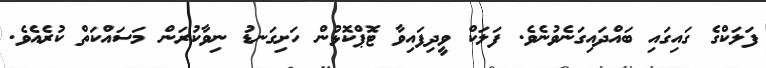
ފަލަކްގެ ގައިގައި ބައްދައިގަނެވުނެވެ. ފަލަކް ވީދިފައިވާ ޓޮޕްކޮޅުން ހަށިގަނޑު ނިވާކުރަން މަސައްކަތް ކުރެއެވެ.